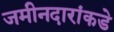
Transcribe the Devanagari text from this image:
जमीनदारांकडे